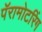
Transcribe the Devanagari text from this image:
पॅरामोटरिंग